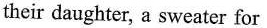
their daughter, a sweater for